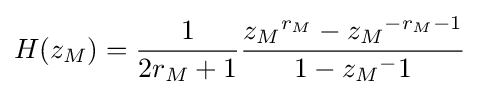
H(z_{M})={\frac {1}{2r_{M}+1}}{\frac {{z_{M}}^{r_{M}}-{z_{M}}^{-r_{M}-1}}{1-{z_{M}}^{-}1}}